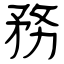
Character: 務